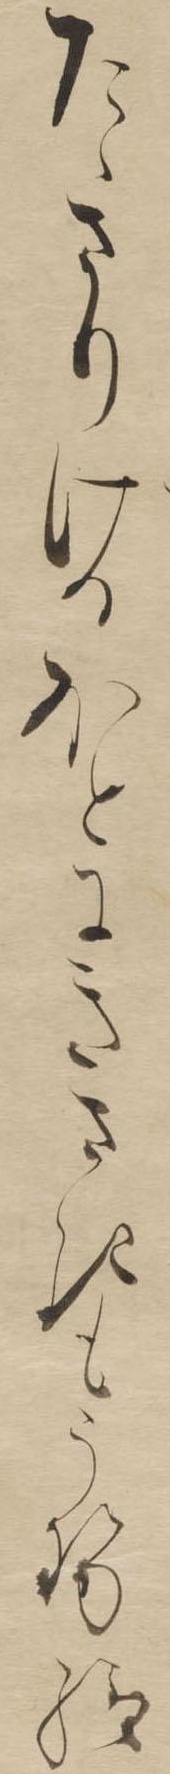
たゝさりけるほとにきさきもうせ給